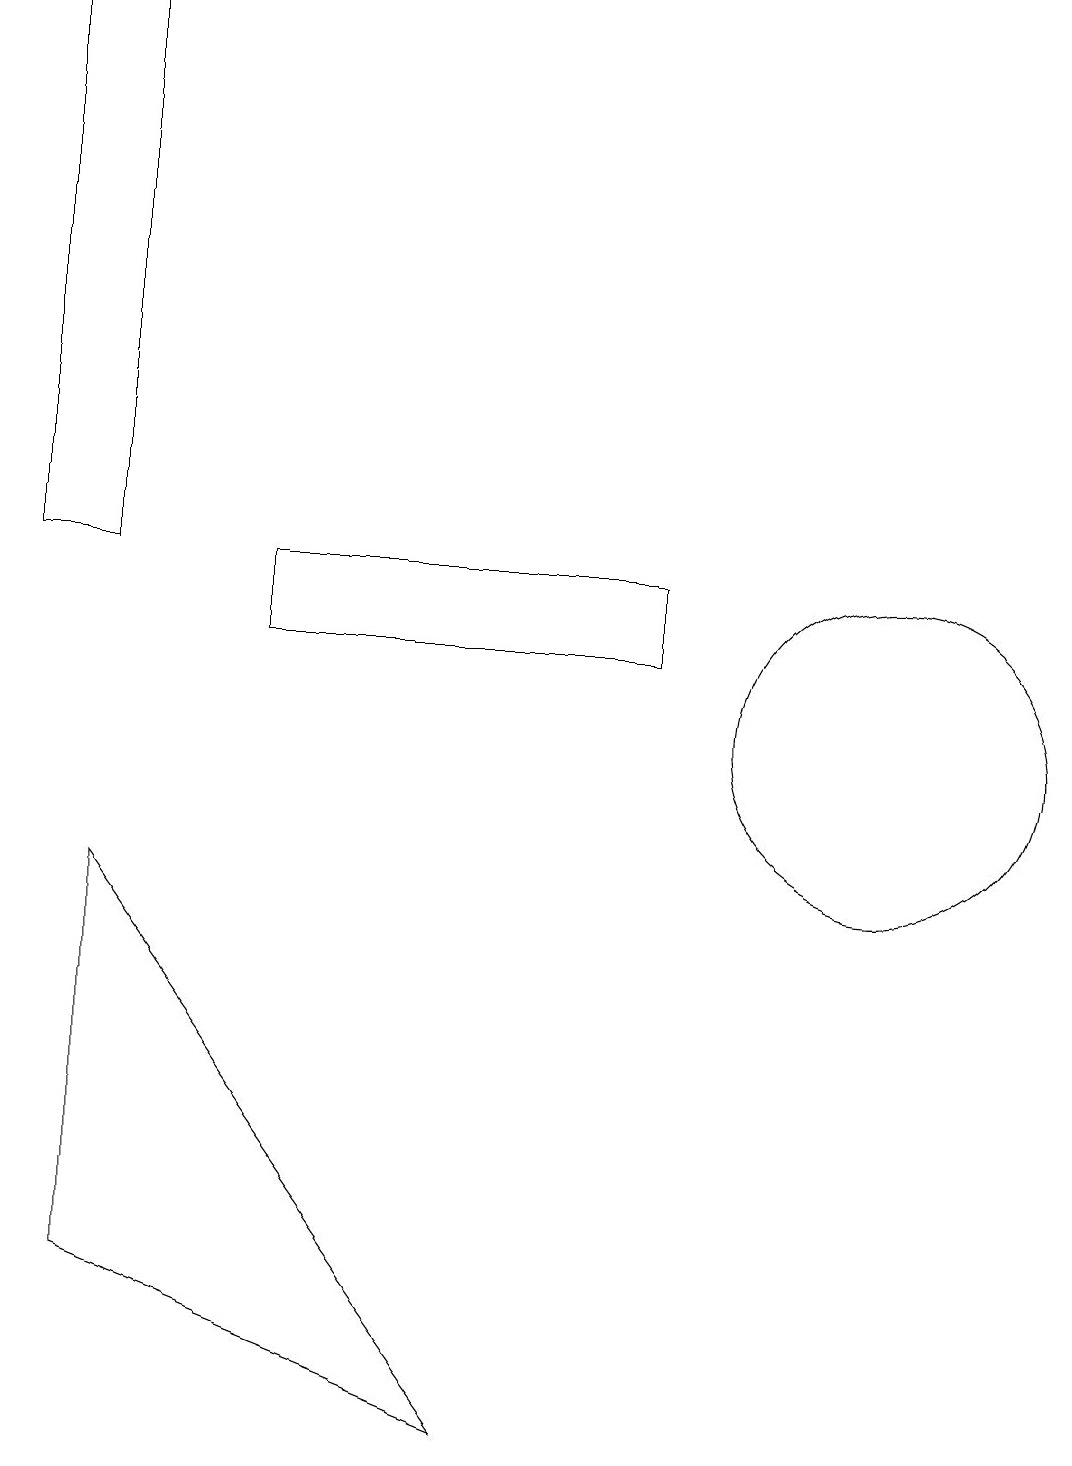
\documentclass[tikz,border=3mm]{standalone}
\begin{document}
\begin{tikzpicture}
\draw (7,1) -- (2,3) -- (2,8) -- cycle;
\draw (4,11) rectangle (9,12);
\draw (11,11) circle (0);
\draw (12,10) circle (2);
\draw (1,19) rectangle (2,12);
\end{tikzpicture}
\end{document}